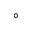
\circ